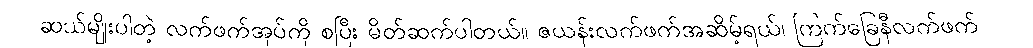
ဆယ်မျိုးပါတဲ့ လက်ဖက်အုပ်ကို စပြီး မိတ်ဆက်ပါတယ်။ ဇယန်းလက်ဖက်အဆိမ့်ရယ်၊ ကြက်ခြေနီလက်ဖက်